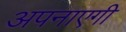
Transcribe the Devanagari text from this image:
अपनाएगी